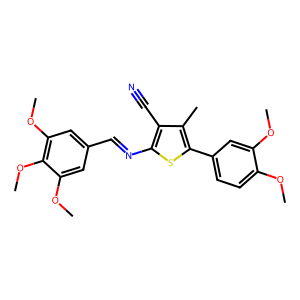
SMILES: COc1ccc(-c2sc(N=Cc3cc(OC)c(OC)c(OC)c3)c(C#N)c2C)cc1OC
Inhibits HIV replication: No